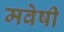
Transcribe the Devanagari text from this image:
मवेषी